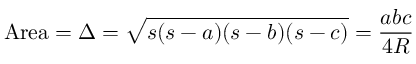
{ \mathrm { A r e a } } = \Delta = { \sqrt { s ( s - a ) ( s - b ) ( s - c ) } } = { \frac { a b c } { 4 R } }